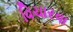
વિચારવા